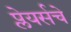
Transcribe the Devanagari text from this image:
प्लेयर्सचे